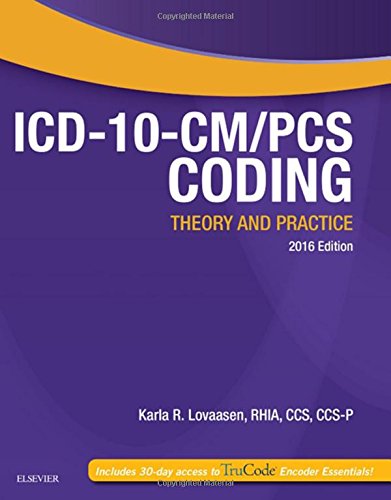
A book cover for ICD-10-CM/PCS Coding: Theory and Practice, 2016 Edition, 1e; Karla R. Lovaasen RHIA  CCS  CCS-P; Medical Books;